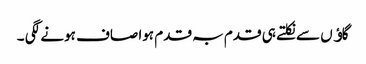
گاﺅں سے نکلتے ہی قدم بہ قدم ہوا صاف ہونے لگی ۔